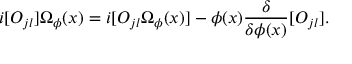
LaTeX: i [ { \cal O } _ { j l } ] { \mit \Omega } _ { \phi } ( x ) = i [ { \cal O } _ { j l } { \mit \Omega } _ { \phi } ( x ) ] - \phi ( x ) \frac { \delta } { \delta \phi ( x ) } [ { \cal O } _ { j l } ] .